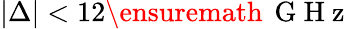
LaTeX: |\Delta|<12\ensuremath{\, \mathrm{~G~H~z~}}